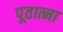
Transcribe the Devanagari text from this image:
पूतात्मा